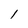
Character: 1